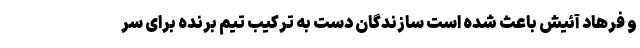
و فرهاد آئیش باعث شده است سازندگان دست به ترکیب تیم برنده برای سر